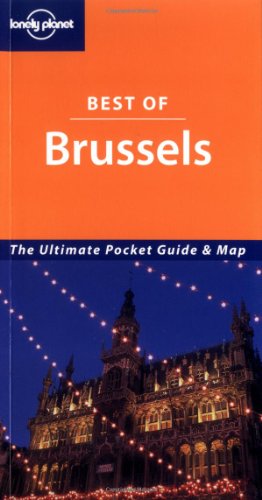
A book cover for Lonely Planet Best of Brussels (Lonely Planet Pocket Guide Bruges & Brussels); Paul Smitz; Travel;